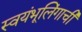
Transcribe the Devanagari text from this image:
स्वयंभूलिंगाची